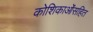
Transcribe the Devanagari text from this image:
कोशिकाओंसहित